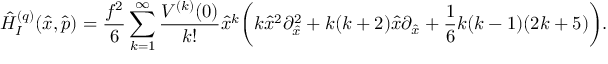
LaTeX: \hat { H } _ { I } ^ { ( q ) } ( \hat { x } , \hat { p } ) = \frac { f ^ { 2 } } { 6 } \sum _ { k = 1 } ^ { \infty } \frac { V ^ { ( k ) } ( 0 ) } { k ! } \hat { x } ^ { k } \biggl ( k \hat { x } ^ { 2 } \partial _ { \hat { x } } ^ { 2 } + k ( k + 2 ) \hat { x } \partial _ { \hat { x } } + \frac { 1 } { 6 } k ( k - 1 ) ( 2 k + 5 ) \biggr ) .